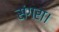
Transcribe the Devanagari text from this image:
संगरा।